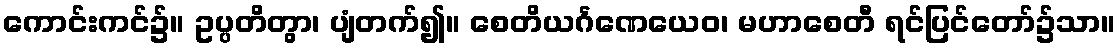
ကောင်းကင်၌။ ဥပ္ပတိတွာ၊ ပျံတက်၍။ စေတိယင်္ဂဏေယေဝ၊ မဟာစေတီ ရင်ပြင်တော်၌သာ။